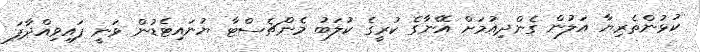
ކުޅުންތެރިޔާ އަލުން ގެންދިއުމަށް އޭނާގެ ކުރީގެ ކުލަބު މެންޗެސްޓާ ޔުނައިޓެޑުން ވަނީ ފައިވިއްދާފަ